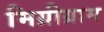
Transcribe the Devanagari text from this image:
मिग्रीग्राम